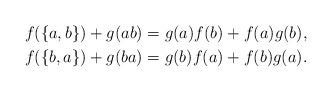
LaTeX: \begin{align*}&f(\{a, b\})+g(ab)=g(a)f(b)+f(a)g(b),\\&f(\{b, a\})+g(ba)=g(b)f(a)+f(b)g(a).\end{align*}